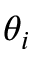
\theta _ { i }